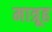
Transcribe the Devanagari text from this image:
मात्रूह